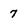
Character: 7